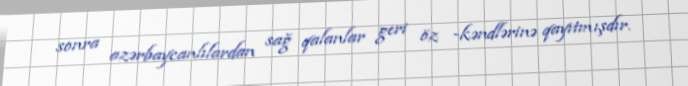
sonra azərbaycanlılardan sağ qalanlar geri öz -kəndlərinə qayıtmışdır.